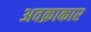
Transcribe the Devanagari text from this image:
अवक्राकार